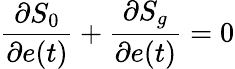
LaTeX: \frac{\partial S_{0}}{\partial e(t)}+\frac{\partial S_{g}}{\partial e(t)}=0